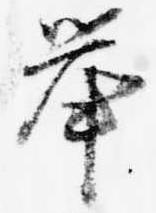
挙